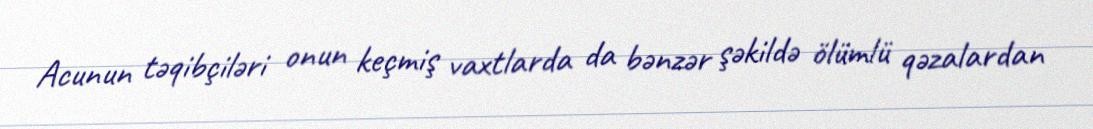
Acunun təqibçiləri onun keçmiş vaxtlarda da bənzər şəkildə ölümlü qəzalardan